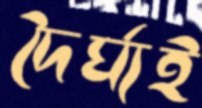
দৈর্ঘ্যই